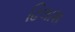
ઢિલાશ